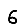
Digit: 6